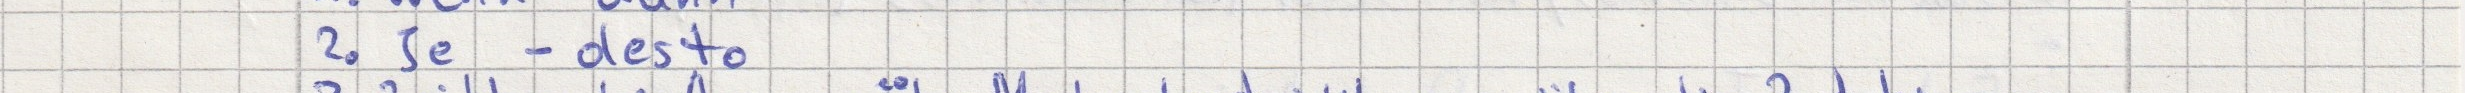
2. Je - desto